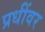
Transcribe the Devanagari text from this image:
प्रधींवर